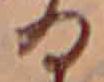
る